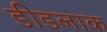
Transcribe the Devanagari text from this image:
डीडलाक